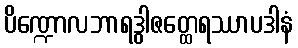
ပိဏ္ဍောလဘာရဒွါဇတ္ထေရဿာပဒါနံ